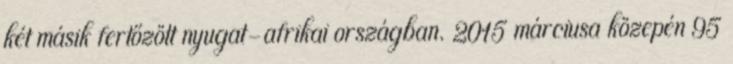
két másik fertőzött nyugat-afrikai országban. 2015 márciusa közepén 95